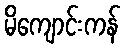
မိကျောင်းကန်